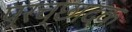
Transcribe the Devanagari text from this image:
प्रच्छादक